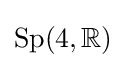
{\text{Sp}}(4,\mathbb {R} )